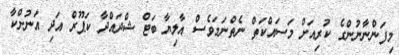
މިފަންނާނުންގެ ކުރިއަށް މަސައްކަތް ނެތްނަމަވެސް އާލިޔާ ބަޓް ޝްދައްދާ ކަޕޫރް އަދި އަނުށްކާ